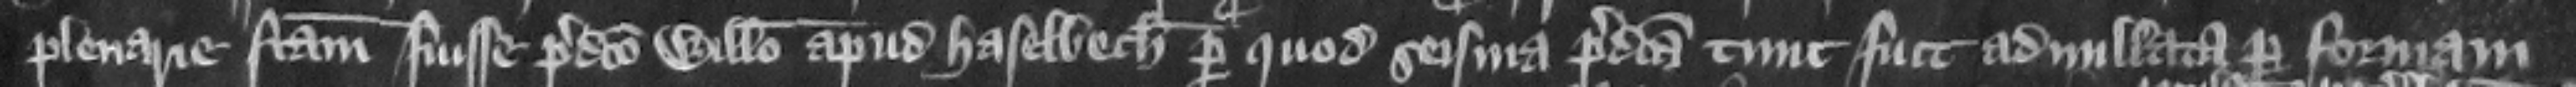
plenarie factam fuisse predicto Willelmo apud Haselbech per quod seisina predicta tunc fuit adnullata per formam